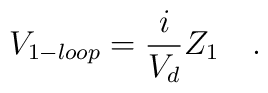
V_{1-loop}=\frac{i}{V_d} Z_1\quad.